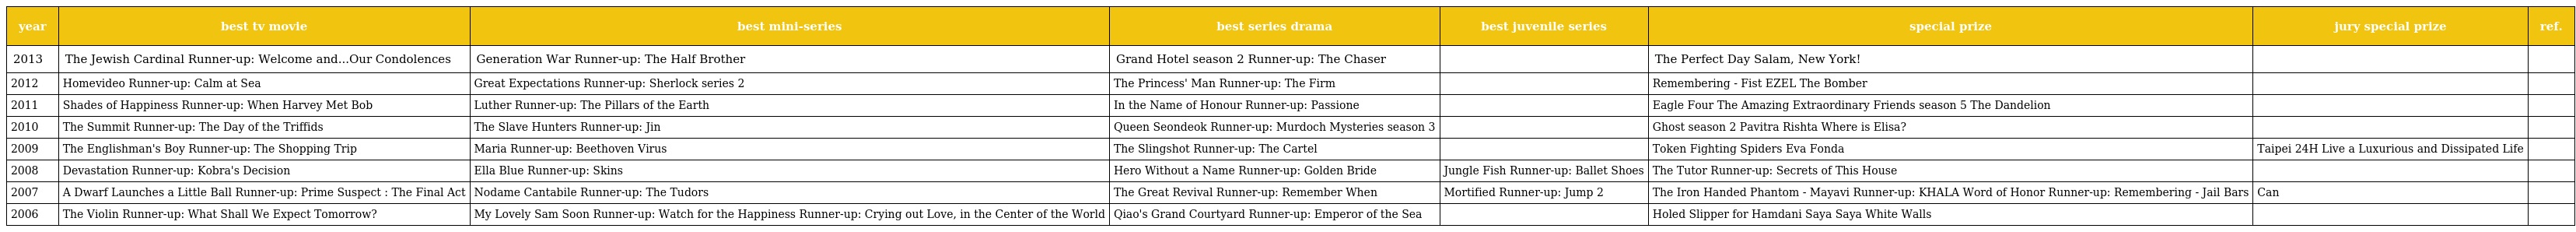
| year | best tv movie | best mini-series | best series drama | best juvenile series | special prize | jury special prize | ref. |
 | --- | --- | --- | --- | --- | --- | --- | --- |
 | 2013 | The Jewish Cardinal Runner-up: Welcome and...Our Condolences | Generation War Runner-up: The Half Brother | Grand Hotel season 2 Runner-up: The Chaser |  | The Perfect Day Salam, New York! |  |  |
 | 2012 | Homevideo Runner-up: Calm at Sea | Great Expectations Runner-up: Sherlock series 2 | The Princess' Man Runner-up: The Firm |  | Remembering - Fist EZEL The Bomber |  |  |
 | 2011 | Shades of Happiness Runner-up: When Harvey Met Bob | Luther Runner-up: The Pillars of the Earth | In the Name of Honour Runner-up: Passione |  | Eagle Four The Amazing Extraordinary Friends season 5 The Dandelion |  |  |
 | 2010 | The Summit Runner-up: The Day of the Triffids | The Slave Hunters Runner-up: Jin | Queen Seondeok Runner-up: Murdoch Mysteries season 3 |  | Ghost season 2 Pavitra Rishta Where is Elisa? |  |  |
 | 2009 | The Englishman's Boy Runner-up: The Shopping Trip | Maria Runner-up: Beethoven Virus | The Slingshot Runner-up: The Cartel |  | Token Fighting Spiders Eva Fonda | Taipei 24H Live a Luxurious and Dissipated Life |  |
 | 2008 | Devastation Runner-up: Kobra's Decision | Ella Blue Runner-up: Skins | Hero Without a Name Runner-up: Golden Bride | Jungle Fish Runner-up: Ballet Shoes | The Tutor Runner-up: Secrets of This House |  |  |
 | 2007 | A Dwarf Launches a Little Ball Runner-up: Prime Suspect : The Final Act | Nodame Cantabile Runner-up: The Tudors | The Great Revival Runner-up: Remember When | Mortified Runner-up: Jump 2 | The Iron Handed Phantom - Mayavi Runner-up: KHALA Word of Honor Runner-up: Remembering - Jail Bars | Can |  |
 | 2006 | The Violin Runner-up: What Shall We Expect Tomorrow? | My Lovely Sam Soon Runner-up: Watch for the Happiness Runner-up: Crying out Love, in the Center of the World | Qiao's Grand Courtyard Runner-up: Emperor of the Sea |  | Holed Slipper for Hamdani Saya Saya White Walls |  |  |